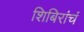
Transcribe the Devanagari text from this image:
शिबिरांचं